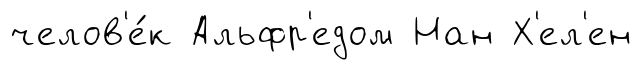
челов'е́к Альфр'едом Нан Х'ел'ен